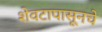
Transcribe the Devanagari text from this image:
शेवटापासूनचे